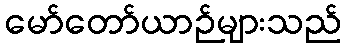
မော်တော်ယာဉ်များသည်